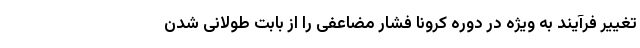
تغییر فرآیند به ویژه در دوره کرونا فشار مضاعفی را از بابت طولانی شدن